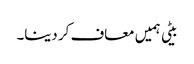
بیٹی ہمیں معاف کر دینا۔